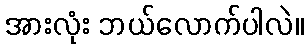
အားလုံး ဘယ်လောက်ပါလဲ။